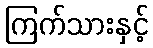
ကြက်သားနှင့်